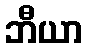
ဘီယာ